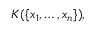
K ( \{ x _ { 1 } , \ldots , x _ { n } \} ) ,